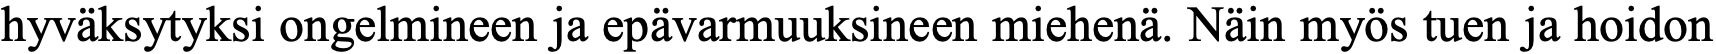
hyväksytyksi ongelmineen ja epävarmuuksineen miehenä. Näin myös tuen ja hoidon